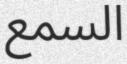
السمع